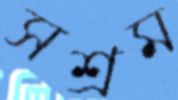
সশ্রম